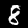
Label: 8